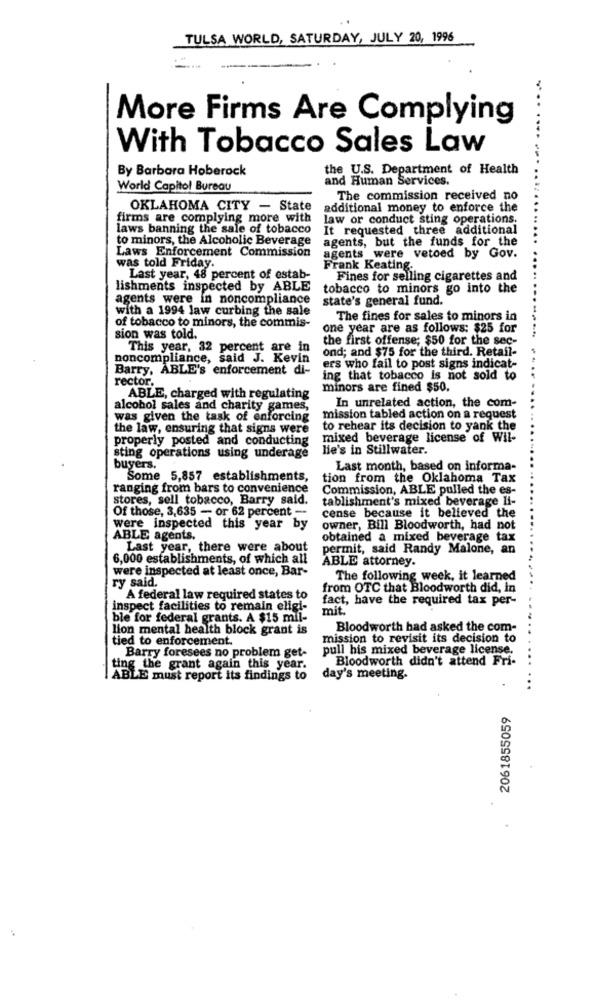
TULSA WORLD, SATURDAY, JULY 20, 1996
More Firms Are Complying
With Tobacco Sales Law
By Barbara Hoberock
the U.S. Department of Health
... .... .....
and Human Services.
World Capitol Bureau
The commission received no
OKLAHOMA CITY - State
additional money to enforce the
firms are complying more with
law or conduct sting operations.
laws banning the sale of tobacco
It requested three additional
to minors, the Alcoholic Beverage
agents, but the funds for the
Laws Enforcement Commission
was told Friday.
agents were vetoed by Gov.
Frank Keating-
Last year, 48 percent of estab-
Fines for selling cigarettes and
lishments inspected by ABLE
tobacco to minors go into the
agents were in noncompliance
state's general fund.
with a 1994 law curbing the sale
of tobacco to minors, the commis-
The fines for sales to minors in
one year are as follows: $25 for
sion was told.
the first offense; $50 for the sec-
This year, 32 percent are in
ond; and $75 for the third. Retail-
noncompliance, said J. Kevin
ers who fail to post signs indicat-
Barry, ABLE's enforcement di-
rector,
ing that tobacco is not sold to
minors are fined $50.
ABLE, charged with regulating
In unrelated action, the com-
alcohol sales and charity games,
was given the task of enforcing
mission tabled action on a request
the law, ensuring that signs were
to rehear its decision to yank the
properly posted and conducting
mixed beverage license of Wil-
lie's in Stillwater.
sting operations using underage
buyers.
Last month, based on informa-
Some 5,857 establishments,
tion from the Oklahoma Tax
ranging from bars to convenience
Commission, ABLE pulled the es-
stores, sell tobacco, Barry said.
tablishment's mixed beverage li-
Of those, 3,635 - or 62 percent --
cense because it believed the
were inspected this year by
owner, Bill Bloodworth, had not
ABLE agents.
obtained a mixed beverage tax
Last year, there were about
permit, said Randy Malone, an
6,000 establishments, of which all
ABLE attorney.
were inspected at least once, Bar-
ry said.
The following week, it learned
from OTC that Bloodworth did, in
A federal law required states to
fact, have the required tax per-
inspect facilities to remain eligi-
mit.
ble for federal grants. A $15 mil-
lion mental health block grant is
Bloodworth had asked the com-
tied to enforcement.
mission to revisit its decision to
pull his mixed beverage license.
Barry foresees no problem get-
Bloodworth didn't attend Fri-
ting the grant again this year.
ABLE must report its findings to
day's meeting.
...
2061855059